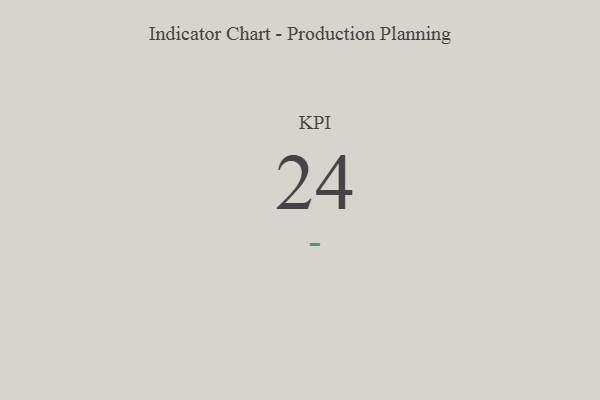
{"axis": {"x": "KPI", "y": "Value"}, "legend": [""], "data": [{"x": "KPI", "y": 24, "type": ""}]}